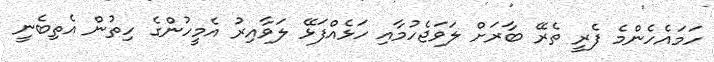
ހަމައެހެންމެ ފެރީ ތެރޭ ބާރަށް ލަވަޖެހުމާއި ހަޅެއްފަޅޭ ލަވާއިރު އެމީހުންގެ ހިތުން އެތިބެނީ